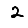
Digit: 2